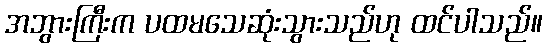
အဘွားကြီးက ပထမသေဆုံးသွားသည်ဟု ထင်ပါသည်။